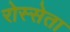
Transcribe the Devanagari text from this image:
रोस्सेता